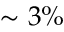
\sim 3 \%